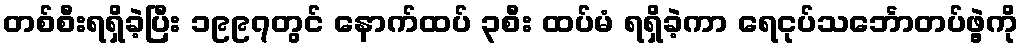
တစ်စီးရရှိခဲ့ပြီး ၁၉၉၇တွင် နောက်ထပ် ၃စီး ထပ်မံ ရရှိခဲ့ကာ ရေငုပ်သင်္ဘောတပ်ဖွဲ့ကို